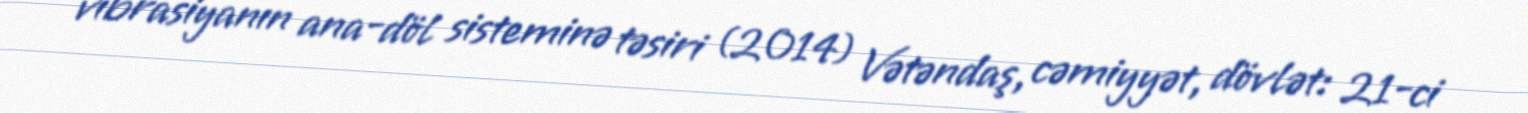
vibrasiyanın ana-döl sisteminə təsiri (2014) Vətəndaş, cəmiyyət, dövlət: 21-ci